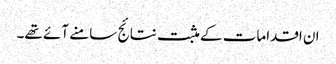
ان اقدامات کے مثبت نتائج سامنے آئے تھے۔